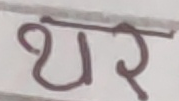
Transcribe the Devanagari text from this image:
थर